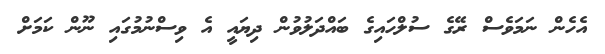
އެހެން ނަމަވެސް ރޭގެ ސުލްހައިގެ ބައްދަލުވުން ދިޔައީ އެ ވިސްނުމުގައި ނޫން ކަމަށް